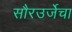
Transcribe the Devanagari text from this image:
सौरउर्जेचा